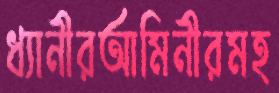
ধ্যানীরআমিনীরমহ